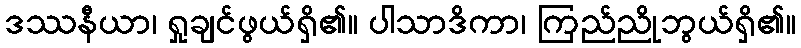
ဒဿနီယာ၊ ရှုချင်ဖွယ်ရှိ၏။ ပါသာဒိကာ၊ ကြည်ညိုဘွယ်ရှိ၏။